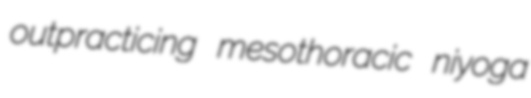
outpracticing mesothoracic niyoga